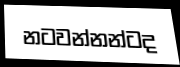
නටවන්නන්ටද